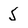
Character: 5